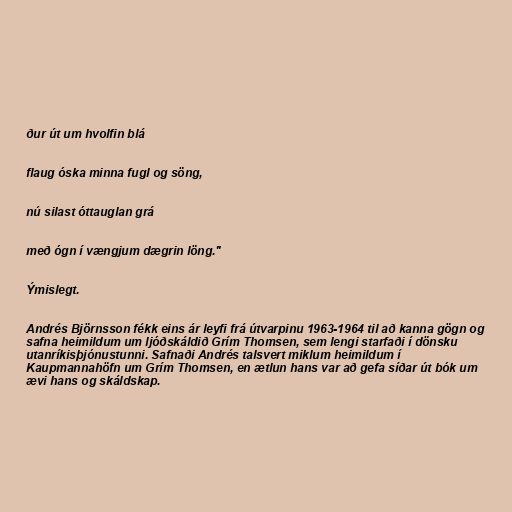
ður út um hvolfin blá

flaug óska minna fugl og söng,

nú silast óttauglan grá

með ógn í vængjum dægrin löng."

Ýmislegt.

Andrés Björnsson fékk eins ár leyfi frá útvarpinu 1963-1964 til að kanna gögn og
safna heimildum um ljóðskáldið Grím Thomsen, sem lengi starfaði í dönsku
utanríkisþjónustunni. Safnaði Andrés talsvert miklum heimildum í
Kaupmannahöfn um Grím Thomsen, en ætlun hans var að gefa síðar út bók um
ævi hans og skáldskap.